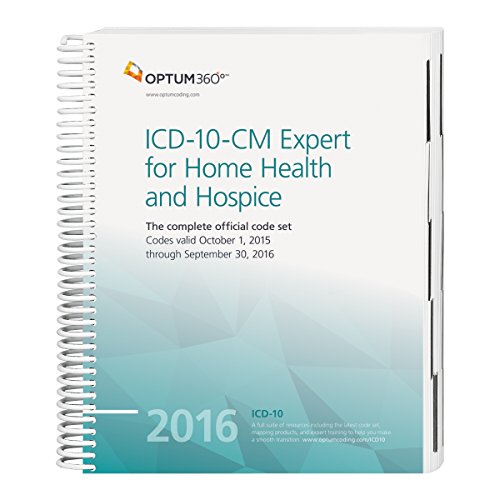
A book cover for ICD-10-CM Expert for Home Health and Hospice 2016; Optum360; Medical Books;